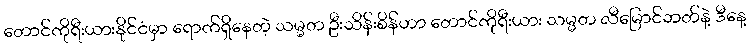
တောင်ကိုရီးယားနိုင်ငံမှာ ရောက်ရှိနေတဲ့ သမ္မတ ဦးသိန်းစိန်ဟာ တောင်ကိုရီးယား သမ္မတ လီမြောင်ဘတ်နဲ့ ဒီနေ့